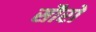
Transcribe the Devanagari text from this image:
सौरो